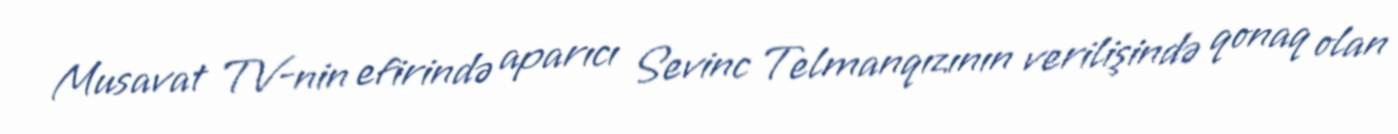
Musavat TV-nin efirində aparıcı Sevinc Telmanqızının verilişində qonaq olan